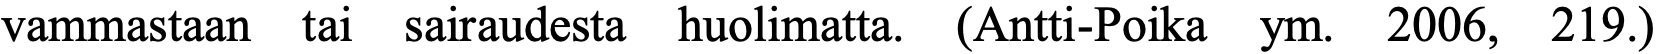
vammastaan tai sairaudesta huolimatta. (Antti-Poika ym. 2006, 219.)